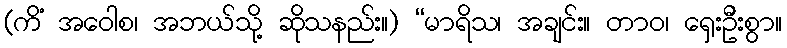
(ကိံ အဝေါစ၊ အဘယ်သို့ ဆိုသနည်း။) “မာရိသ၊ အချင်း။ တာဝ၊ ရှေးဦးစွာ။